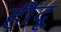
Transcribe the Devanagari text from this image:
हींदू